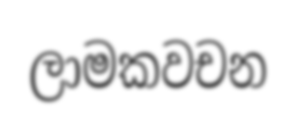
ලාමකවචන